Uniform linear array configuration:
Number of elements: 12
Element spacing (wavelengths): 1
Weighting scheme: binomial
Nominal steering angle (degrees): -15
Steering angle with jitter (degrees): -13.086
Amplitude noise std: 0.05
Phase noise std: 0.05

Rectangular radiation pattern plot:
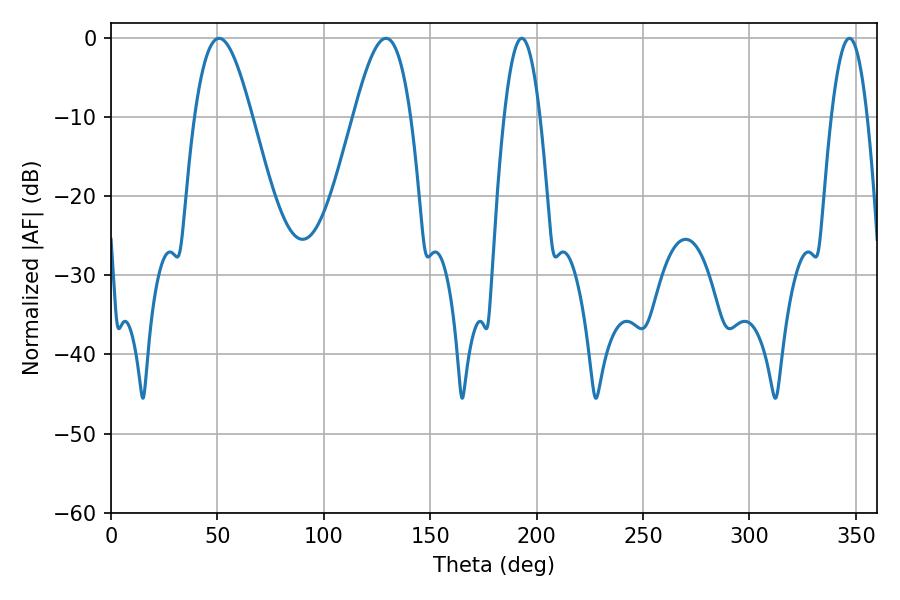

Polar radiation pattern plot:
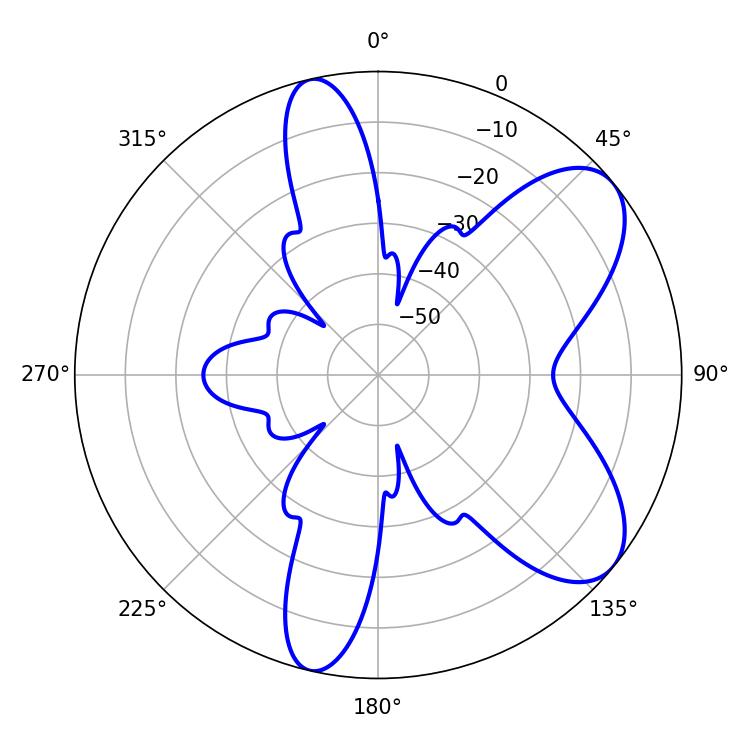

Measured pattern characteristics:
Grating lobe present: TRUE
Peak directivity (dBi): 7.494
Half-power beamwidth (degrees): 14.58
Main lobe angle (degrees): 50.76